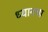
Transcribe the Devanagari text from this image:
ध्यानचा